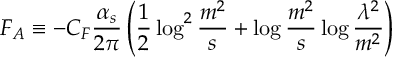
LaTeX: { \cal F } _ { \cal A } \equiv - C _ { F } \frac { \alpha _ { s } } { 2 \pi } \left( \frac { 1 } { 2 } \log ^ { 2 } \frac { m ^ { 2 } } { s } + \log \frac { m ^ { 2 } } { s } \log \frac { \lambda ^ { 2 } } { m ^ { 2 } } \right)